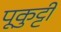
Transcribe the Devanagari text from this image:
पूकुट्टी